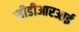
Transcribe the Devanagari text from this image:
सीडीआरआई